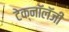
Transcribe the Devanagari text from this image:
टेक्नॉलॅजी